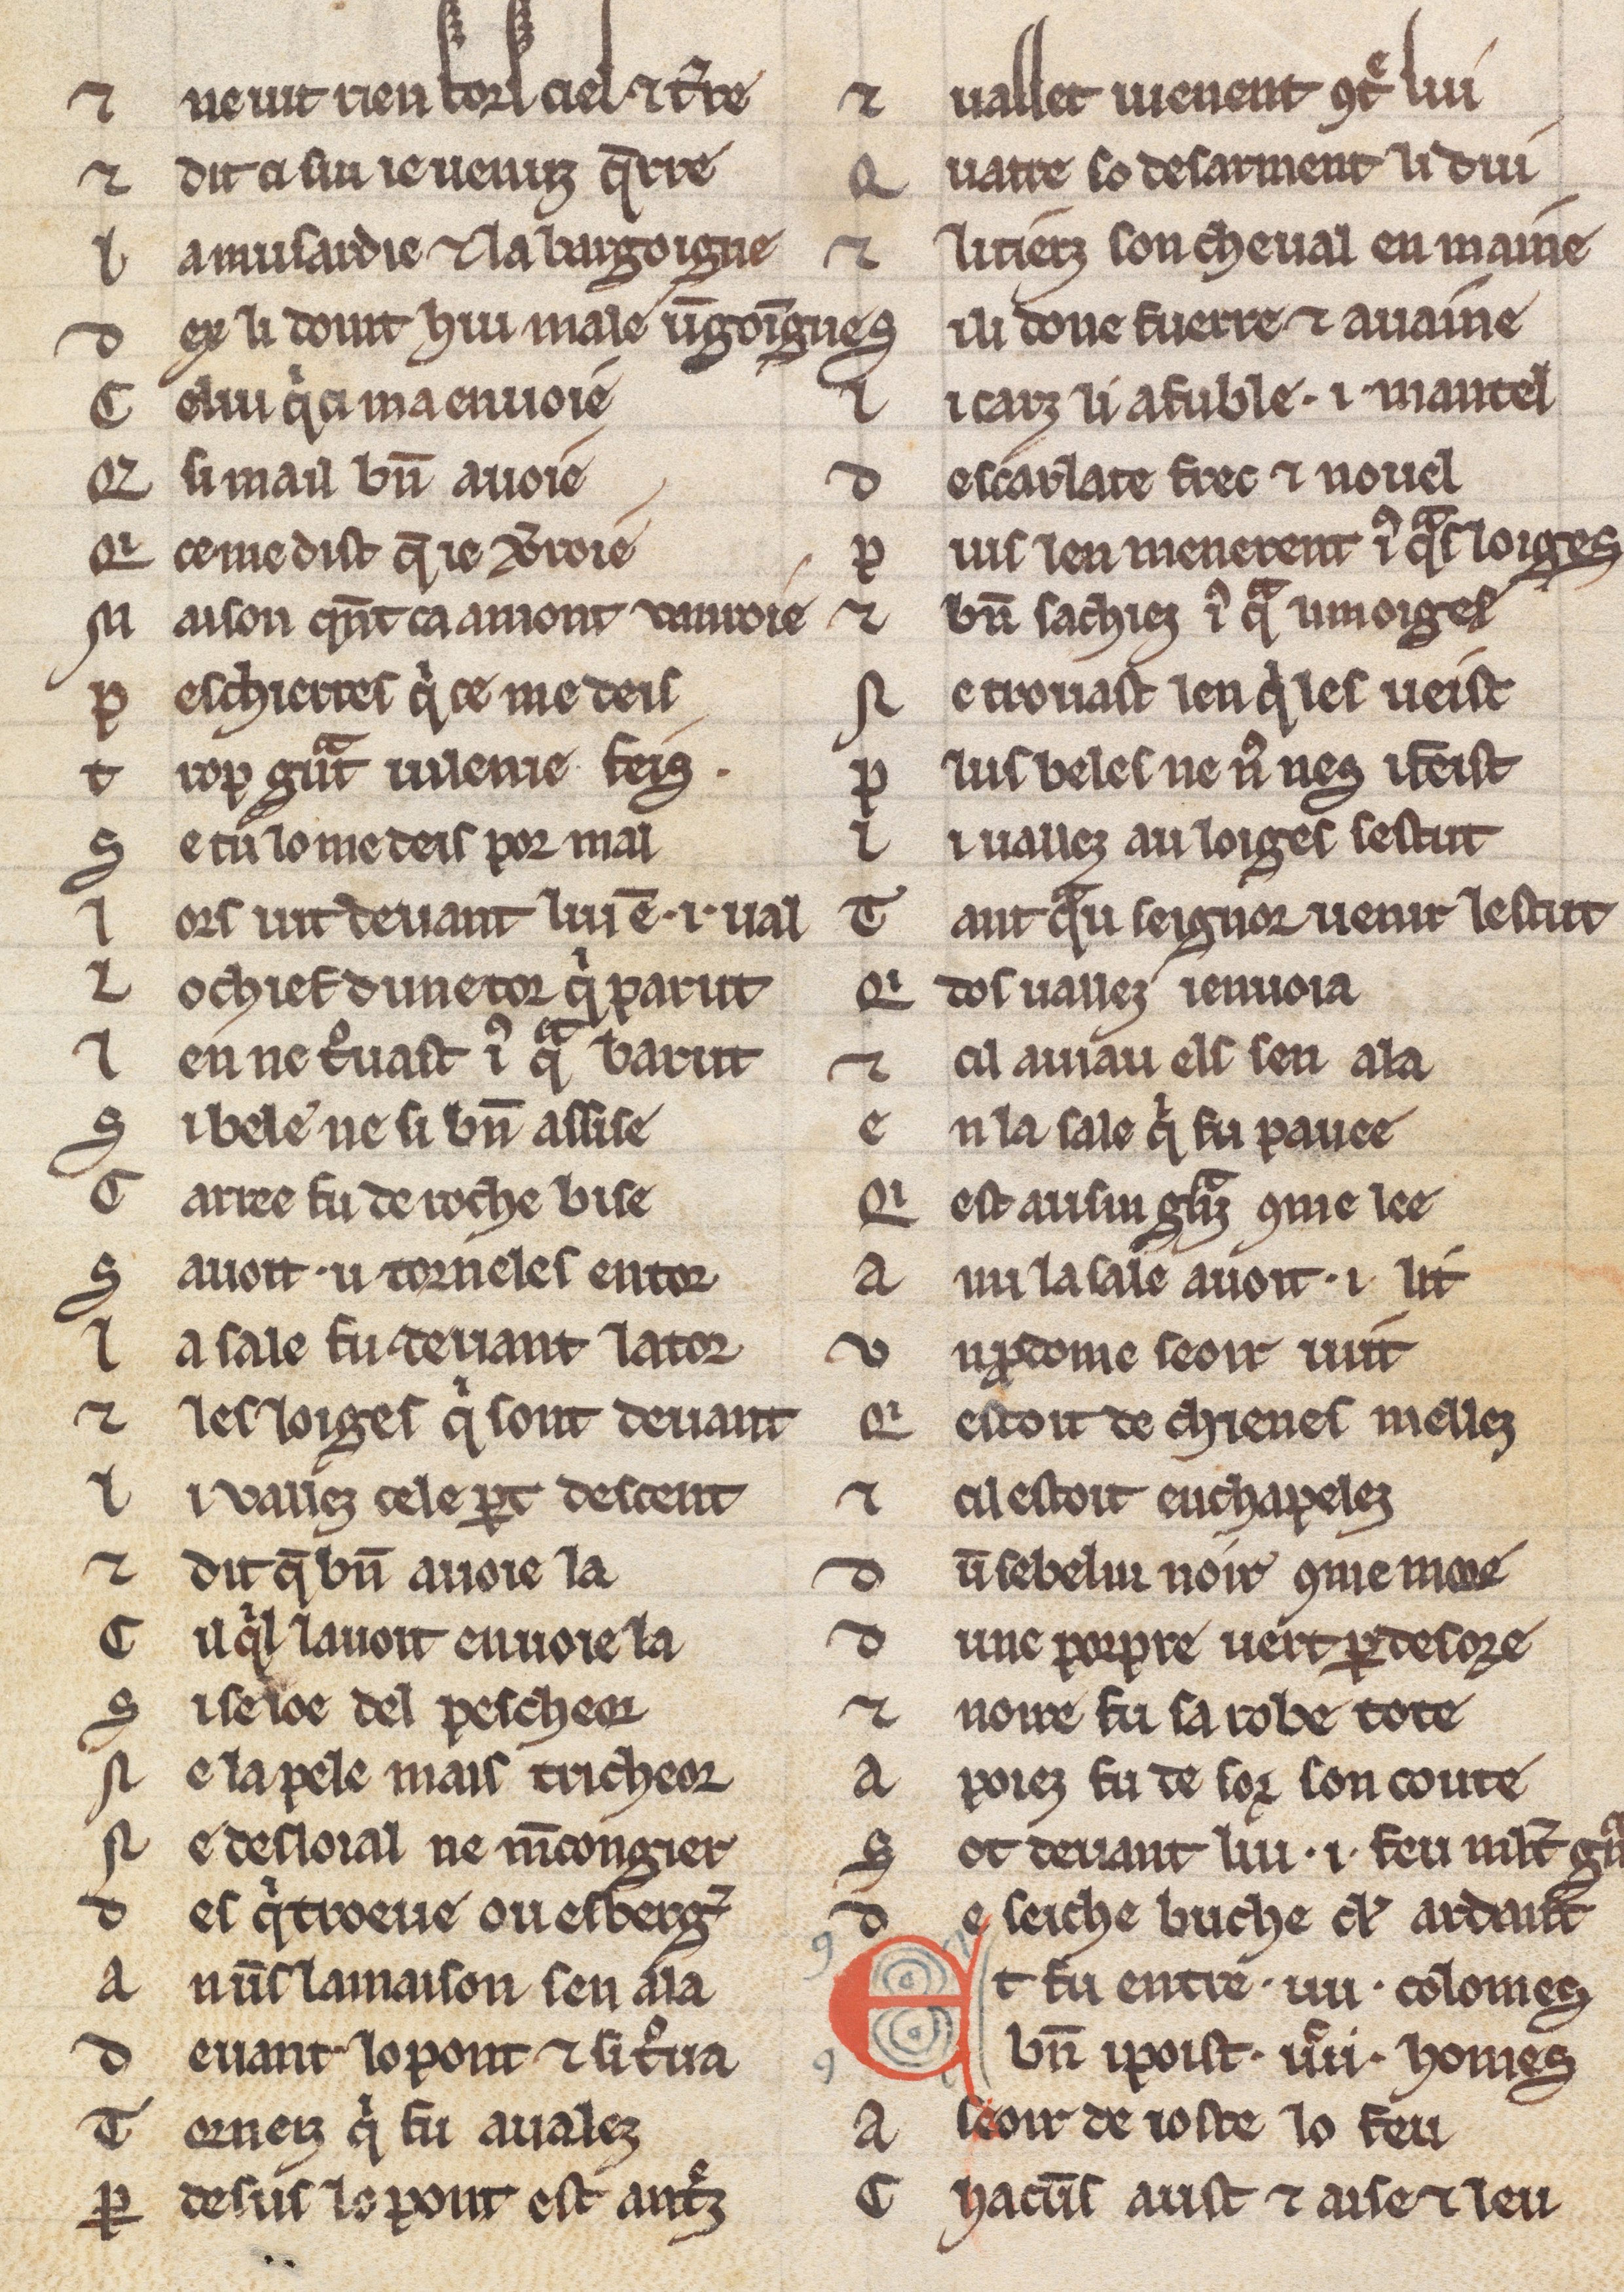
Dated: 1225–1249